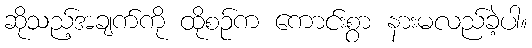
ဆိုသည့်အချက်ကို ထိုစဉ်က ကောင်းစွာ နားမလည်ခဲ့ပါ။